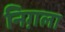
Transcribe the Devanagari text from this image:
निग़ला